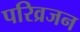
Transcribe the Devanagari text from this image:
परिव्रजन